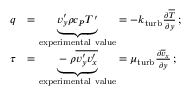
{ \begin{array} { r l } { q } & { = \underbrace { v _ { y } ^ { \prime } \rho c _ { P } T ^ { \prime } } _ { \mathrm { e x p e r i m e n t a l ~ v a l u e } } = - k _ { \mathrm { t u r b } } { \frac { \partial { \overline { { T } } } } { \partial y } } \, ; } \\ { \tau } & { = \underbrace { - \rho { \overline { { v _ { y } ^ { \prime } v _ { x } ^ { \prime } } } } } _ { \mathrm { e x p e r i m e n t a l ~ v a l u e } } = \mu _ { \mathrm { t u r b } } { \frac { \partial { \overline { { v } } } _ { x } } { \partial y } } \, ; } \end{array} }